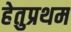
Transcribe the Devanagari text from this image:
हेतुप्रथम